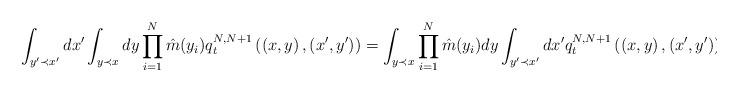
LaTeX: \begin{align*}\int_{y'\prec x'}^{}dx'\int_{y\prec x}^{}dy \prod_{i=1}^{N}\hat{m}(y_i)q_t^{N,N+1}\left(\left(x,y\right),\left(x',y'\right)\right)=\int_{y\prec x}^{}\prod_{i=1}^{N}\hat{m}(y_i)dy\int_{y'\prec x'}^{}dx' q_t^{N,N+1}\left(\left(x,y\right),\left(x',y'\right)\right).\end{align*}